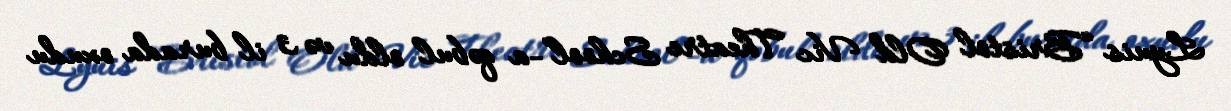
Lyuis “Bristol Old Vic Theatre School”-a qəbul oldu və 3 il burada oxudu